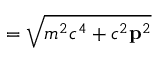
= { \sqrt { m ^ { 2 } c ^ { 4 } + c ^ { 2 } \mathbf { p } ^ { 2 } } }